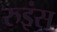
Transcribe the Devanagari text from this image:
रुइंस